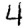
Digit: 4